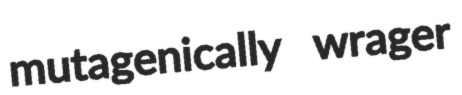
mutagenically wrager